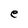
Character: e